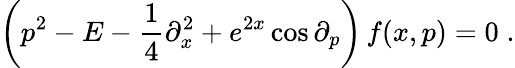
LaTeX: \left(p^{2}-E-{\frac{1}{4}}\partial_{x}^{2}+e^{2x}\cos\partial_{p}\right)\, f(x,p)=0\; .